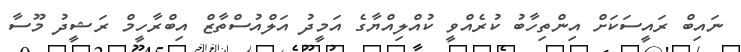
ނައިބް ރައީސަކަށް އިންތިހާބު ކުރެއްވީ ކުއްލިއްޔާގެ އަމީދު އަލްއުސްތާޒް އިބްރާހީމް ރަޝީދު މޫސާ